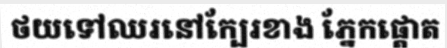
ថយទៅឈរនៅក្បែរខាង ភ្នែកផ្តោត